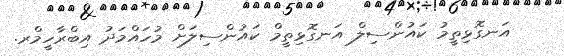
އަނގޮޅިތީމު ކައުންސިލް އަނގޮޅިތީމް ކައުންސިލަށް މުހައްމަދު އިބްރާހީމްރ.